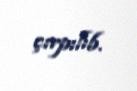
çırpılıb.